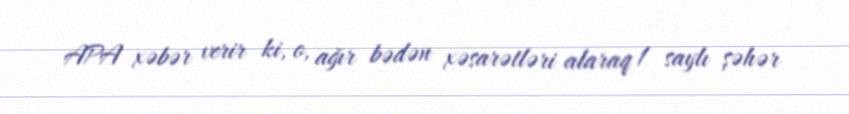
APA xəbər verir ki, o, ağır bədən xəsarətləri alaraq 1 saylı şəhər